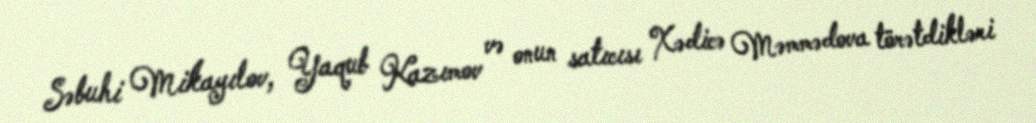
Səbuhi Mikayılov, Yaqub Kazımov və onun satıcısı Xədicə Məmmədova törətdikləri